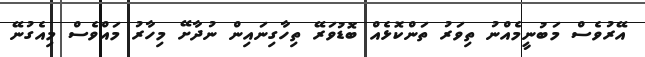
އޭރުވެސް މަބުނީމެއްނު ތިވަރު ތަންކޮޅެއް ބޮޑުވަރޭ ތިހާގިނައިން ނުދާށޭ މިހާރު މައްވެސް މިއެގުނޭ